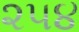
૨૫૪